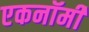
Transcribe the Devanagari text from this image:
एकनॉमी